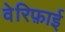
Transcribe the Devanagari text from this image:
वेरिफ़ाई